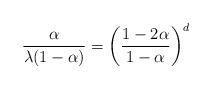
LaTeX: \begin{align*}\frac{\alpha}{\lambda (1-\alpha)}=\left(\frac{1-2\alpha}{1-\alpha}\right)^d\end{align*}